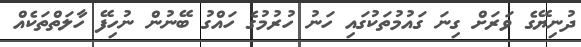
ދުނިޔޭގެ ވަަރަށް ގިނަ ގައުމުތަކުގައި ހަނު ހުރުމުގެ ހައްގު ބޭނުން ނުހިފޭ ހާލަތްތަކެއް